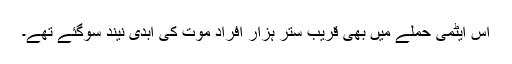
اس ایٹمی حملے میں بھی قریب ستر ہزار افراد موت کی ابدی نیند سوگئے تھے۔